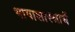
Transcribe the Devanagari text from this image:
भाषाशास्त्राचें